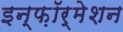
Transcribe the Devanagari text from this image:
इन्फ़ॉर्मेशन